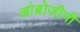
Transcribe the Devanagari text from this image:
आंब्रोजीनी